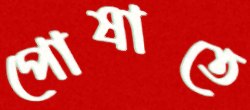
পোষাতে